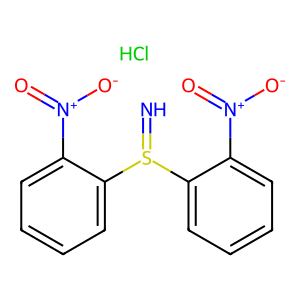
SMILES: Cl.N=S(c1ccccc1[N+](=O)[O-])c1ccccc1[N+](=O)[O-]
Inhibits HIV replication: No